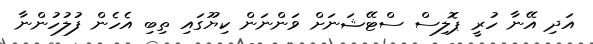
އަދި އޭނާ ހުރީ ޕޮލިސް ސްޓޭޝަނަށް ވަންނަން ކިޔޫގައި ތިބި އެހެން ފުލުހުންނާ